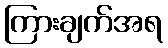
ကြားချက်အရ